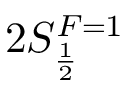
2 S _ { \frac { 1 } { 2 } } ^ { F = 1 }